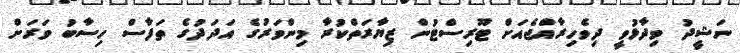
ނަޝީދު ވިދާޅުވީ ދިވެހިރާއްޖެއަށް ޓޫރިސްޓުން ޒިޔާރަތްކުރާ މިންވަރުގެ އަދަދުގެ ތަފާސް ހިސާބު ވަރަށް